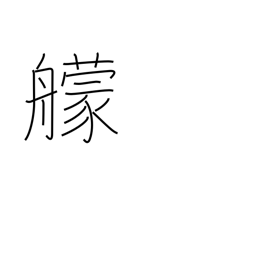
Meaning: fighting ship